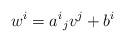
LaTeX: \begin{align*}w^i = {a^i}_j v^j + b^i\end{align*}